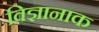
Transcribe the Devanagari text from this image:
विज्ञानाक